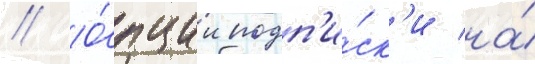
// О́пции подп'и́ск'и на́